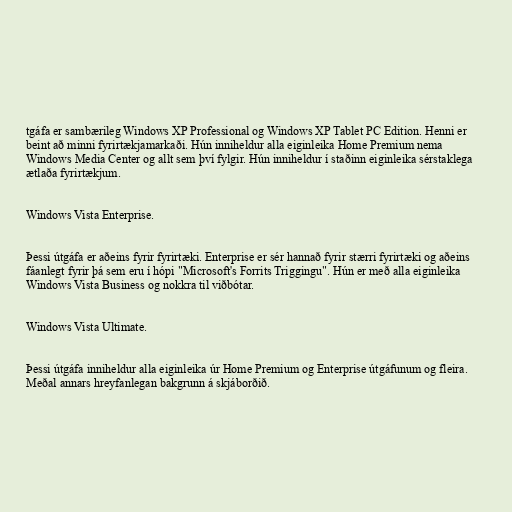
tgáfa er sambærileg Windows XP Professional og Windows XP Tablet PC Edition. Henni er
beint að minni fyrirtækjamarkaði. Hún inniheldur alla eiginleika Home Premium nema
Windows Media Center og allt sem því fylgir. Hún inniheldur í staðinn eiginleika sérstaklega
ætlaða fyrirtækjum.

Windows Vista Enterprise.

Þessi útgáfa er aðeins fyrir fyrirtæki. Enterprise er sér hannað fyrir stærri fyrirtæki og aðeins
fáanlegt fyrir þá sem eru í hópi "Microsoft's Forrits Triggingu". Hún er með alla eiginleika
Windows Vista Business og nokkra til viðbótar.

Windows Vista Ultimate.

Þessi útgáfa inniheldur alla eiginleika úr Home Premium og Enterprise útgáfunum og fleira.
Meðal annars hreyfanlegan bakgrunn á skjáborðið.